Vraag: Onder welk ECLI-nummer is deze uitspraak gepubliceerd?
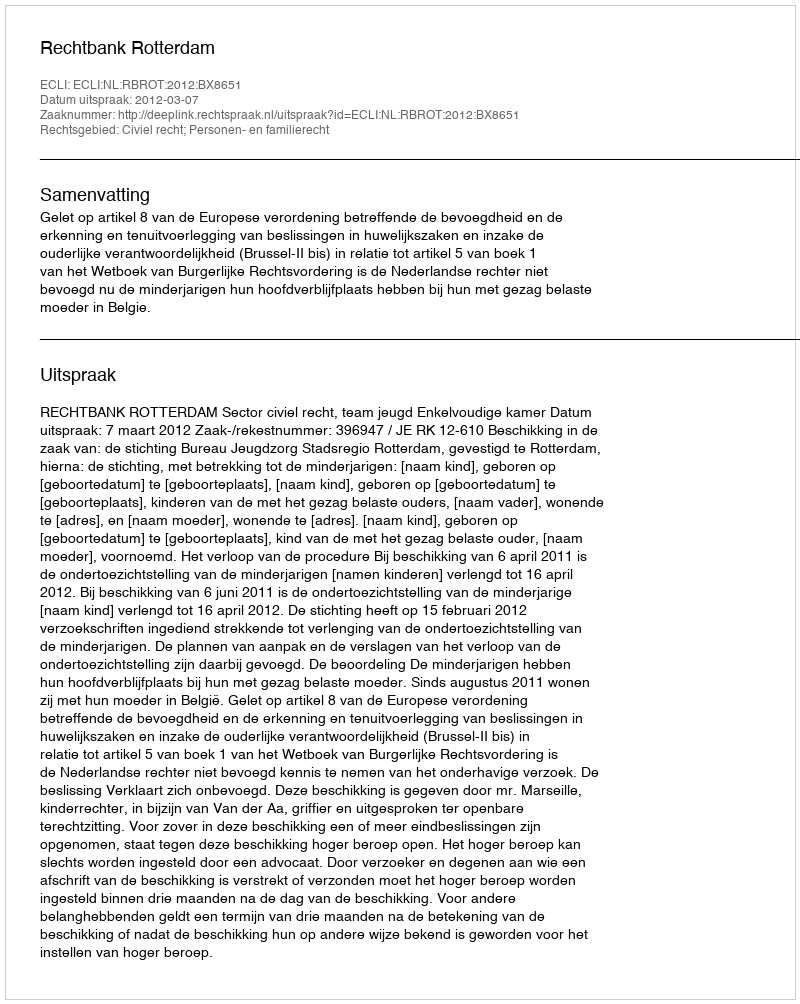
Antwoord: ECLI:NL:RBROT:2012:BX8651